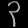
Digit: ၃